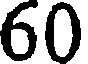
60